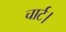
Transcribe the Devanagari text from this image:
चार्ट।